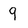
Character: 9